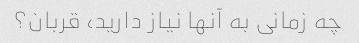
چه زمانی به آنها نیاز دارید، قربان؟